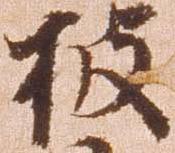
披